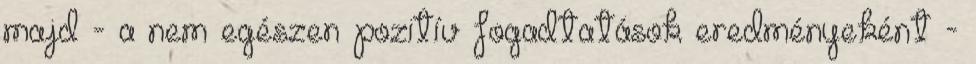
majd - a nem egészen pozitív fogadtatások eredményeként -